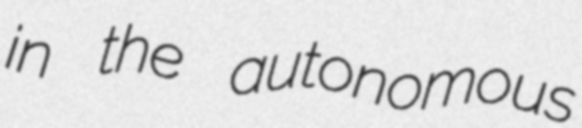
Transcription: in the autonomous